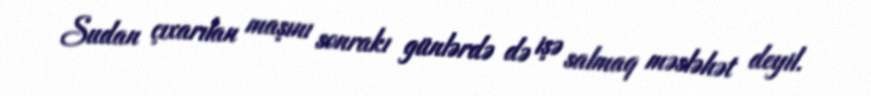
Sudan çıxarılan maşını sonrakı günlərdə də işə salmaq məsləhət deyil.